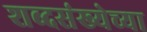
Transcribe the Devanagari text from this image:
शब्दसंख्येच्या